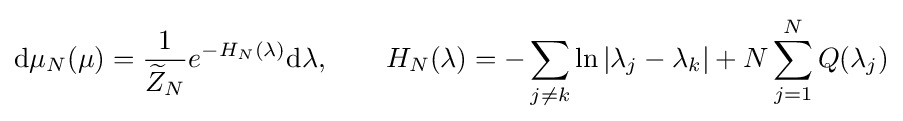
\mathrm {d} \mu _{N}(\mu )={\frac {1}{{\widetilde {Z}}_{N}}}e^{-H_{N}(\lambda )}\mathrm {d} \lambda ,\qquad H_{N}(\lambda )=-\sum \limits _{j\neq k}\ln |\lambda _{j}-\lambda _{k}|+N\sum \limits _{j=1}^{N}Q(\lambda _{j})